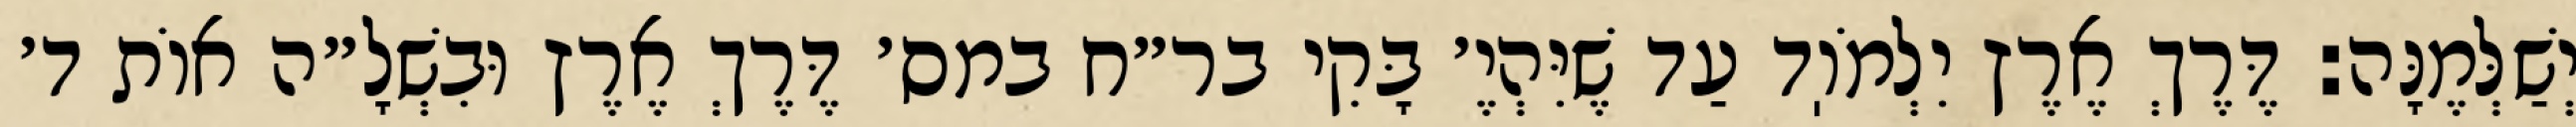
יְשַׁלְּמֶנָּה: דֶּרֶךְ אֶרֶץ יִלְמֹוֽד עַד שֶׁיִּהְיֶ׳ בָּקִי בר״ח במס׳ דֶּרֶךְ אֶרֶץ וּבִשְׁלָ״ה אוֹת ד׳